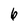
Character: 6